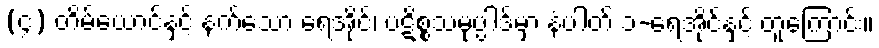
(၄) တိမ်ယောင်နှင့် နက်သော ရေအိုင်၊ ပဋိစ္စသမုပ္ပါဒ်မှာ နံပါတ် ၁-ရေအိုင်နှင့် တူကြောင်း။